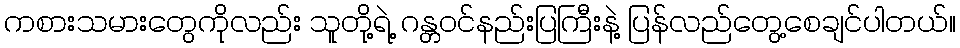
ကစားသမားတွေကိုလည်း သူတို့ရဲ့ ဂန္တဝင်နည်းပြကြီးနဲ့ ပြန်လည်တွေ့စေချင်ပါတယ်။